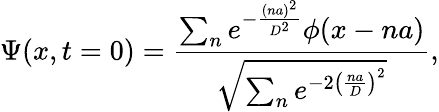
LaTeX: \Psi(x,t=0)=\frac{\sum_{n}e^{-\frac{(na)^{2}}{D^{2}}}\phi(x-na)}{\sqrt{\sum_{n}e^{-2\left(\frac{na}{D}\right)^{2}}}},